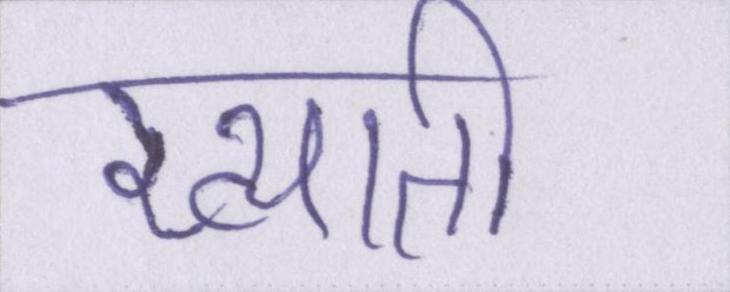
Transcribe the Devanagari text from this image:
ख्याती